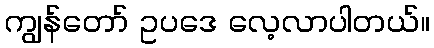
ကျွန်တော် ဥပဒေ လေ့လာပါတယ်။